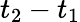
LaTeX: t_{2}-t_{1}